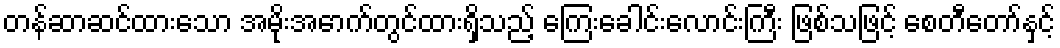
တန်ဆာဆင်ထားသော အမိုးအောက်တွင်ထားရှိသည့် ကြေးခေါင်းလောင်းကြီး ဖြစ်သဖြင့် စေတီတော်နှင့်